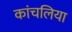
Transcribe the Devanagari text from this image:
कांचलिया